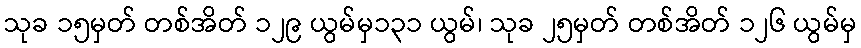
သုခ ၁၅မှတ် တစ်အိတ် ၁၂၉ ယွမ်မှ၁၃၁ ယွမ်၊ သုခ ၂၅မှတ် တစ်အိတ် ၁၂၆ ယွမ်မှ